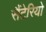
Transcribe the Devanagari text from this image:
सैंटेरियो